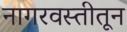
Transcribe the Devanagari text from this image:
नागरवस्तीतून